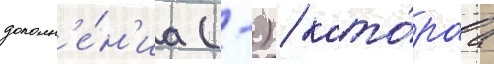
дополн'е́н'иа (-) / кото́раа